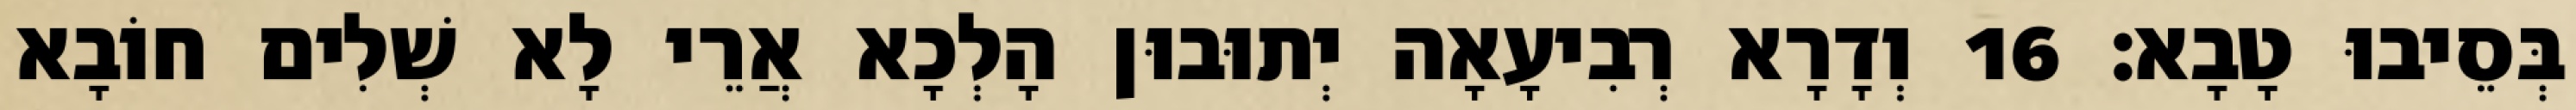
בְּסֵיבוּ טָבָא׃ 16 וְדָרָא רְבִיעָאָה יְתוּבוּן הָלְכָא אֲרֵי לָא שְׁלִים חוֹבָא